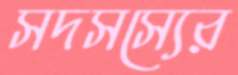
সদসস্যের